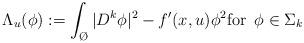
LaTeX: \begin{align*} \Lambda_u (\phi):= \int_{\O}|D^k \phi|^2-f'(x,u)\phi^2 \mbox{for }\,\phi \in \Sigma_k\end{align*}